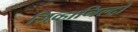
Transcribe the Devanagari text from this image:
जिव्हानिल्दो